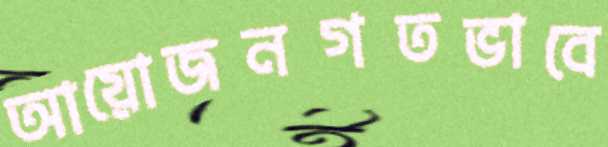
আয়োজনগতভাবে